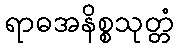
ရာဓအနိစ္စသုတ္တံ